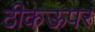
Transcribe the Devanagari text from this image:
ठीकऊपर